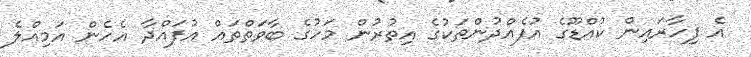
އެ ފިހާރައިން ކުއްޑޫގެ އުފެއްދުންތަކުގެ އިތުރުން މަހުގެ ބާވަތްތައް އުފައްދާ އެހެން އަމިއްލެ